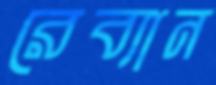
রেব্যান